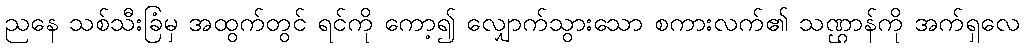
ညနေ သစ်သီးခြံမှ အထွက်တွင် ရင်ကို ကော့၍ လျှောက်သွားသော စကားလက်၏ သဏ္ဌာန်ကို အက်ရှလေ